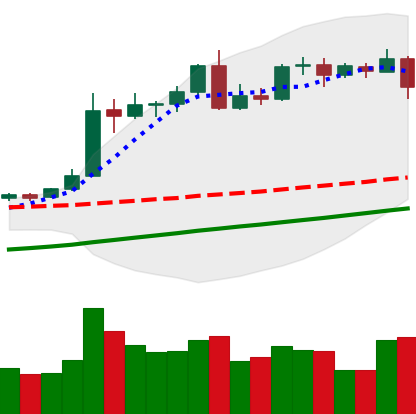
Ticker: BTC-USD
Chart end date: 2020-08-11
Forward return: 4.227%
Label: up_3_5